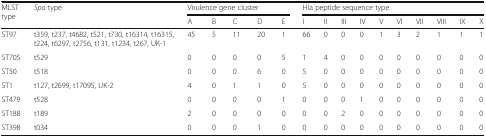
<table><thead><tr><td rowspan="2"><b>MLST type</b></td><td rowspan="2"><b><i>Spa</i> type</b></td><td colspan="5"><b>Virulence gene cluster</b></td><td colspan="10"><b>Hla peptide sequence type</b></td></tr><tr><td><b>A</b></td><td><b>B</b></td><td><b>C</b></td><td><b>D</b></td><td><b>E</b></td><td><b>I</b></td><td><b>II</b></td><td><b>III</b></td><td><b>IV</b></td><td><b>V</b></td><td><b>VI</b></td><td><b>VII</b></td><td><b>VIII</b></td><td><b>IX</b></td><td><b>X</b></td></tr></thead><tbody><tr><td>ST97</td><td>t359, t237, t4682, t521, t730, t16314, t16315, t224, t6297, t2756, t131, t1234, t267, UK-1</td><td>45</td><td>5</td><td>11</td><td>20</td><td>1</td><td>66</td><td>0</td><td>0</td><td>0</td><td>1</td><td>3</td><td>2</td><td>1</td><td>1</td><td>1</td></tr><tr><td>ST705</td><td>t529</td><td>0</td><td>0</td><td>0</td><td>0</td><td>5</td><td>1</td><td>4</td><td>0</td><td>0</td><td>0</td><td>0</td><td>0</td><td>0</td><td>0</td><td>0</td></tr><tr><td>ST50</td><td>t518</td><td>0</td><td>0</td><td>0</td><td>6</td><td>0</td><td>5</td><td>0</td><td>0</td><td>0</td><td>0</td><td>0</td><td>0</td><td>0</td><td>0</td><td>0</td></tr><tr><td>ST1</td><td>t127, t2699, t17095, UK-2</td><td>4</td><td>0</td><td>1</td><td>1</td><td>0</td><td>5</td><td>0</td><td>0</td><td>0</td><td>0</td><td>0</td><td>0</td><td>0</td><td>0</td><td>0</td></tr><tr><td>ST479</td><td>t528</td><td>0</td><td>0</td><td>0</td><td>0</td><td>1</td><td>0</td><td>0</td><td>0</td><td>1</td><td>0</td><td>0</td><td>0</td><td>0</td><td>0</td><td>0</td></tr><tr><td>ST188</td><td>t189</td><td>2</td><td>0</td><td>0</td><td>0</td><td>0</td><td>0</td><td>0</td><td>2</td><td>0</td><td>0</td><td>0</td><td>0</td><td>0</td><td>0</td><td>0</td></tr><tr><td>ST398</td><td>t034</td><td>0</td><td>0</td><td>0</td><td>1</td><td>0</td><td>0</td><td>0</td><td>0</td><td>0</td><td>0</td><td>0</td><td>0</td><td>0</td><td>0</td><td>0</td></tr></tbody></table>